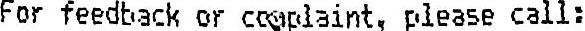
FOR FEEDBACK OR COMPLAINT, PLEASE CALL: